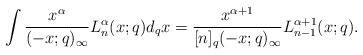
LaTeX: \begin{align*} \int \dfrac{x^\alpha }{(-x;q)_\infty}L_n^{\alpha}(x;q) d_qx = \dfrac{x^{\alpha+1} }{[n]_q(-x;q)_\infty} L_{n-1}^{\alpha+1}(x;q).\end{align*}